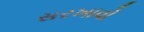
સરખાવો